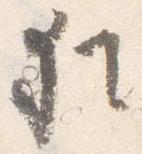
猶